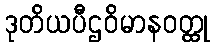
ဒုတိယပီဌဝိမာနဝတ္ထု